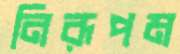
নিরূপম